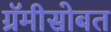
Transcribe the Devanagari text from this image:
ग्रॅमीसोबत